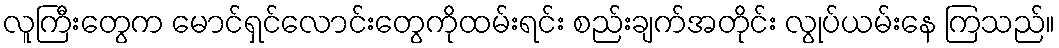
လူကြီးတွေက မောင်ရှင်လောင်းတွေကိုထမ်းရင်း စည်းချက်အတိုင်း လွုပ်ယမ်းနေ ကြသည်။